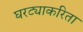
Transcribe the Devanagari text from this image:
घरट्याकरिता